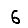
Digit: 6